Report on the bubonic plague in Bombay, 1896-1897
Year: 1896
Disease focus: Plague
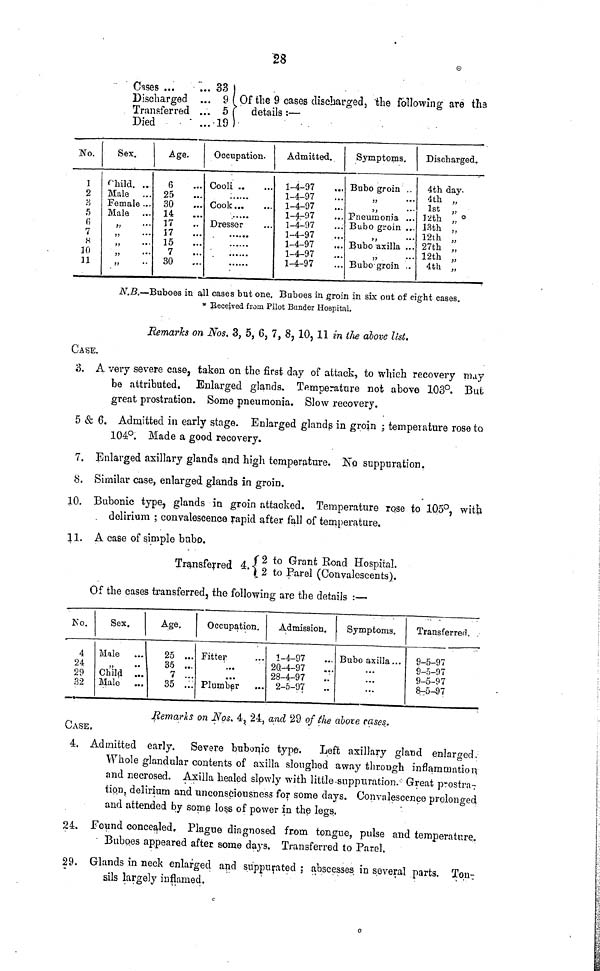
Cases ...
... 831
Discharged ... 9
Transferred ... 5
Died
...19
Of the 9 cases discharged, the following are the
details :—
No.
l
2
3
5
6
7
8
10
11
Sex.
Child. ...
Male ...
Female ...
Male ...
Age.
6 ...
25 ...
30 ...
14 ...
17 ...
17 ...
15 ...
7 ...
30 ...
Occupation.
Cooli...
...
Cook...
...
.....
Dresser
.....
....
.....
Admitted.
1-4-97
1-4-97
1-4-97
1-4-97
1-4-97
1-4-97
1-4-97
1-4-97
1-4-97
Symptoms.
Bubo groin "
"
•.•
" "
Pneumonia ...
Bubo groin ...
"
•••
Bubo axilla ...
Bubo groin ..
Discharged.
4th day.
4th „
1st „
12th „
13th „
12th „
27th „
12th „
4th „
N.B.—Buboes in all cases but one. Buboes in groin in six out of eight cases.
* Received from Pilot Bander Hospital.
Remaries on Nos. 3, 5, 6, 7, 8, 10, 11 in the above list.
CASE.
3. A very severe case, taken on the first day of attack, to which recovery may
be attributed. Enlarged glands. Temperature not above 103°. But
great prostration. Some pneumonia. Slow recovery.
5 & 6. Admitted in early stage. Enlarged glands in groin ; temperature rose to
104°. Made a good recovery.
7. Enlarged axillary glands and high temperature. No suppuration.
8. Similar case, enlarged glands in groin.
10. Bubonic type, glands in groin attacked. Temperature rose to 105°, with
delirium ; convalescence rapid after fall of temperature.
11. A case of simple babo.
Transferred 4. 2 to Grant Road Hospital.
2 to Parel (Convalescents).
Of the cases transferred, the following are the details :—
No.
4
24
29
32
Sex.
Male ...
" ...
Child ...
Male ...
Age.
25 ...
35 ...
7 ...
35 ...
Occupation.
Fitter ...
.....
...
Plumber
Admission.
1-4-97 ...
20-4-97 ...
28-4-97 ...
2-5-97 ...
Symptoms.
Bubo axilla...
...
...
...
Transferred.
9-5-97
9-5-97
9-5-97
8-5-97
Remarks on Nos, 4, 24, and 29 of the above rases.
CASE,
4. Admitted early. Severe bubonic type. Left axillary gland enlarged.
Whole glandular contents of axilla sloughed away through inflammation
and necrosed. Axilla healed slowly with little suppuration. Great prostra-
tion, delirium and unconsciousness for some days. Convalescence prolonged
and attended by some loss of power in the legs.
24. Found concealed. Plague diagnosed from tongue, pulse and temperature.
Buboes appeared after some days. Transferred to Parel.
29. Glands in neck enlarged and suppurated ; abscesses in several parts. Ton-
sils largely inflamed.